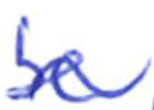
Text: be
Cross-out: wave
Writing tool: ballpoint